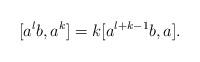
LaTeX: \begin{align*}[a^lb,a^k]=k[a^{l+k-1}b, a].\end{align*}